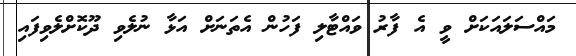
މައްސަލައަކަށް ވީ އެ ފާރު ވައްޓާލި ފަހުން އެތަނަށް އަޅާ ނުލެވި ދޫކޮށްލެވިފައި